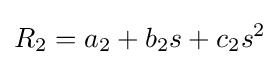
R_{2}=a_{2}+b_{2}s+c_{2}s^{2}